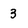
Character: 3